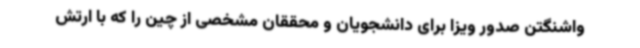
واشنگتن صدور ویزا برای دانشجویان و محققان مشخصی از چین را که با ارتش